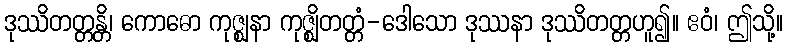
ဒုဿိတတ္တန္တိ၊ ကောဓော ကုဇ္ဈနာ ကုဇ္ဈိတတ္တံ-ဒေါသော ဒုဿနာ ဒုဿိတတ္တဟူ၍။ ဧဝံ၊ ဤသို့။